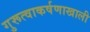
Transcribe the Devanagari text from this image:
गुरूत्वाकर्षणाखाली